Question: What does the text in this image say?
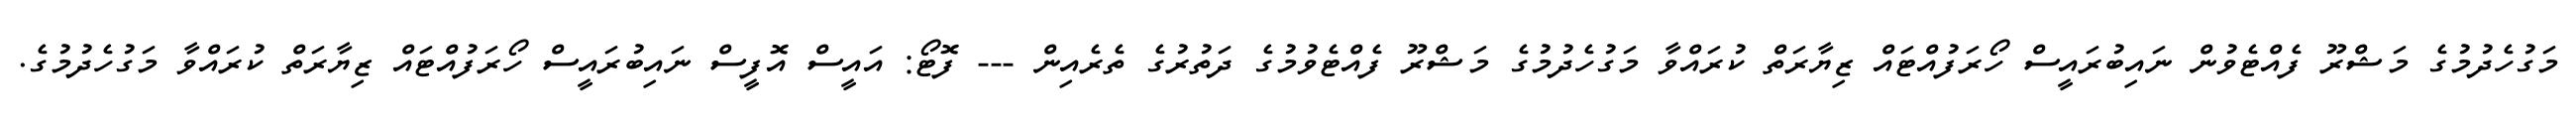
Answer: މަގުހެދުމުގެ މަޝްރޫ ފެއްޓެވުން ނައިބުރައީސް ހޯރަފުއްޓައް ޒިޔާރަތް ކުރައްވާ މަގުހެދުމުގެ މަޝްރޫ ފެއްޓެވުމުގެ ދަތުރުގެ ތެރެއިން --- ފޮޓޯ: އައީސް އޮފީސް ނައިބުރައީސް ހޯރަފުއްޓައް ޒިޔާރަތް ކުރައްވާ މަގުހެދުމުގެ.